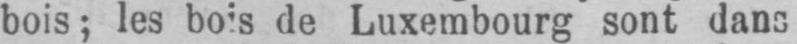
de Luxembourg sont dans